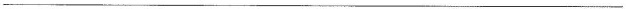
___